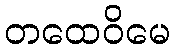
တထေဝိမေ